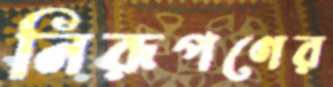
নিরূপণের